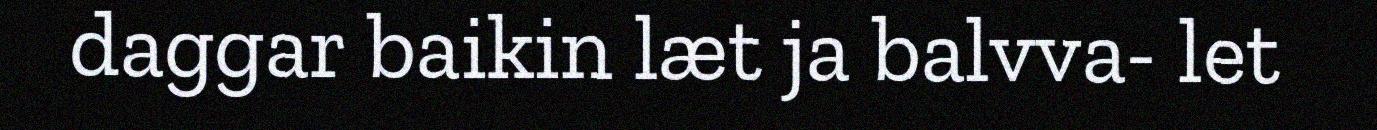
daggar baikin læt ja balvva- let